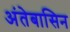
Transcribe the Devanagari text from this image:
अंतेबासिन